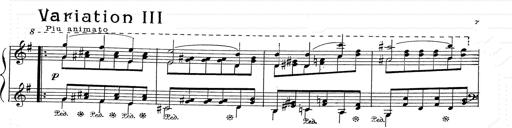
Title: 6 Polish Songs
Composer: Franz Liszt